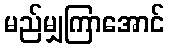
မည်မျှကြာအောင်